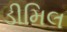
ડીમિલ